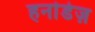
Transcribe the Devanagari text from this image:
हर्नाडेज़